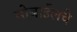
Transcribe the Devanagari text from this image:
मोबाईलचे